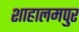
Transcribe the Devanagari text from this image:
शाहालमपुर